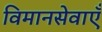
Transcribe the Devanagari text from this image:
विमानसेवाएँ